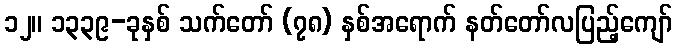
၁၂။ ၁၃၃၉-ခုနှစ် သက်တော် (၇၈) နှစ်အရောက် နတ်တော်လပြည့်ကျော်